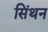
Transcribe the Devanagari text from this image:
सिंथन